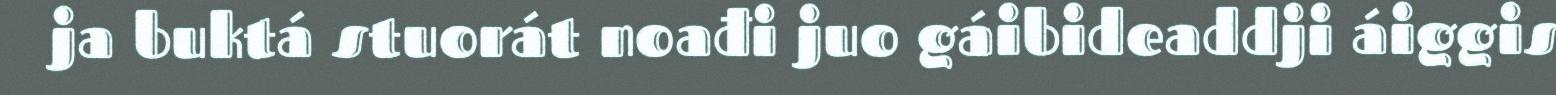
ja buktá stuorát noađi juo gáibideaddji áiggis